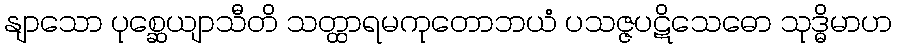
နျာသော ပုစ္ဆေယျာသီတိ သတ္ထာရမကုတောဘယံ ပသဇ္ဇပဋိသေဓော သုဒ္ဓိမာဟ